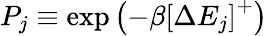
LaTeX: P_{j}\equiv\exp\left(-\beta\left[\Delta E_{j}\right]^{+}\right)